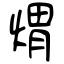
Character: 煟